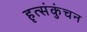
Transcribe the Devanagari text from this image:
हृत्संकुंचन